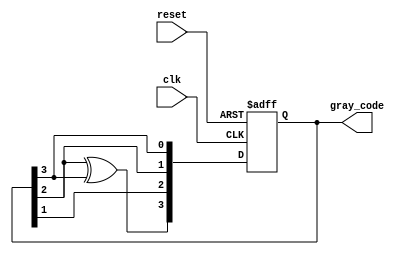
module gray_code_ring_counter (
  input wire clk,
  input wire reset,
  output reg [3:0] gray_code
);

reg [3:0] d_ff;

always @(posedge clk or posedge reset) begin
  if (reset) begin
    d_ff <= 4'b0000;
  end else begin
    d_ff <= {
      d_ff[2]^d_ff[3],
      d_ff[1],
      d_ff[2],
      d_ff[3]
    };
  end
end

assign gray_code = d_ff;

endmodule